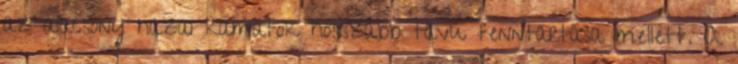
az alacsony hazai kamatok hosszabb távú fenntartása mellett. A